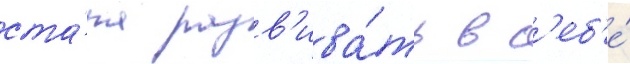
ста́ла разв'ива́ть в с'еб'е́